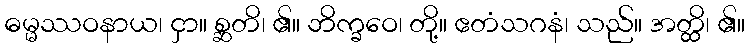
ဓမ္မဿဝနာယ၊ ငှာ။ စ္ဆတိ၊ ၏။ ဘိက္ခဝေ၊ တို့။ ဧတံသဂနံ၊ သည်။ အတ္ထိ၊ ၏။